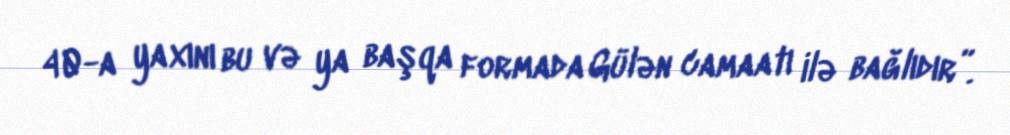
40-a yaxını bu və ya başqa formada Gülən camaatı ilə bağlıdır”.